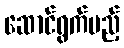
ဆောင်ရွက်မည့်